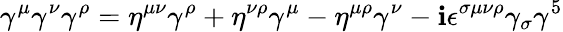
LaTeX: \gamma^{\mu}\gamma^{\nu}\gamma^{\rho}=\eta^{\mu\nu}\gamma^{\rho}+\eta^{\nu\rho}\gamma^{\mu}-\eta^{\mu\rho}\gamma^{\nu}-\mathbf{i}\epsilon^{\sigma\mu\nu\rho}\gamma_{\sigma}\gamma^{5}